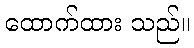
ထောက်ထား သည်။